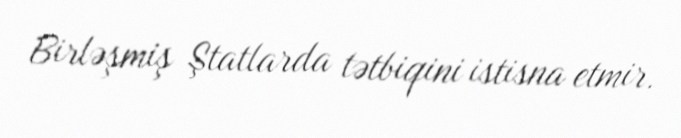
Birləşmiş Ştatlarda tətbiqini istisna etmir.